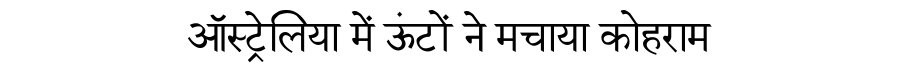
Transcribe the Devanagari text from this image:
ऑस्ट्रेलिया में ऊंटों ने मचाया कोहराम